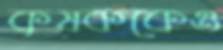
কৃষককেও